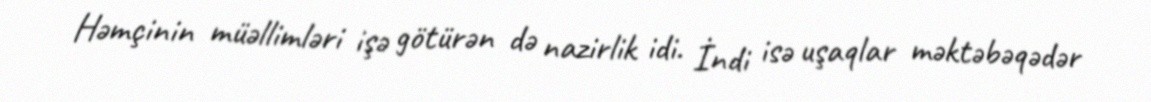
Həmçinin müəllimləri işə götürən də nazirlik idi. İndi isə uşaqlar məktəbəqədər